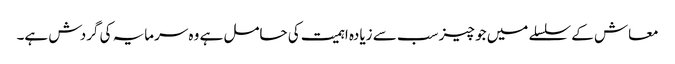
معاش کے سلسلے میں جو چیز سب سے زیادہ اہمیت کی حامل ہے وہ سرمایہ کی گردش ہے۔